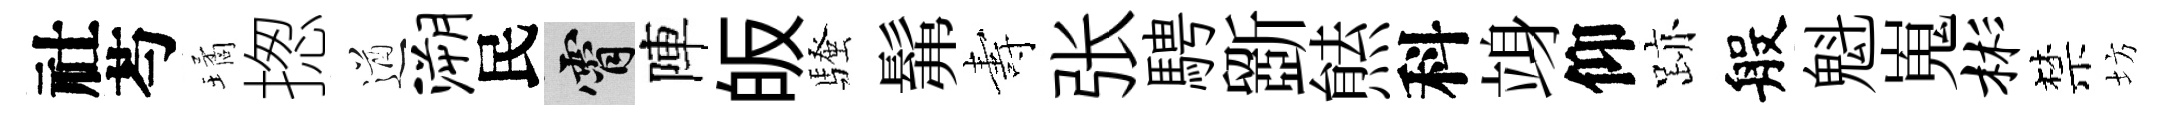
社芍璚揔遒溯民霄陣皈騷髴夀张騁斵㷱科竧仰跡般魁嵬彬禁坊